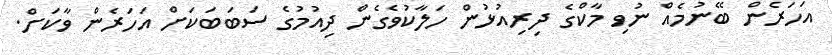
އަހަރެން ބޭނުމެއް ނުވި މާކްގެ ދިރިއުޅުން ހަލާކުވެގެން ދިއުމުގެ ސަބަބަކަށް އަހަރެން ވާކަށް.